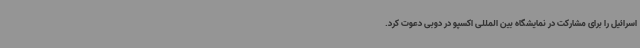
اسرائیل را برای مشارکت در نمایشگاه بین المللی اکسپو در دوبی دعوت کرد.